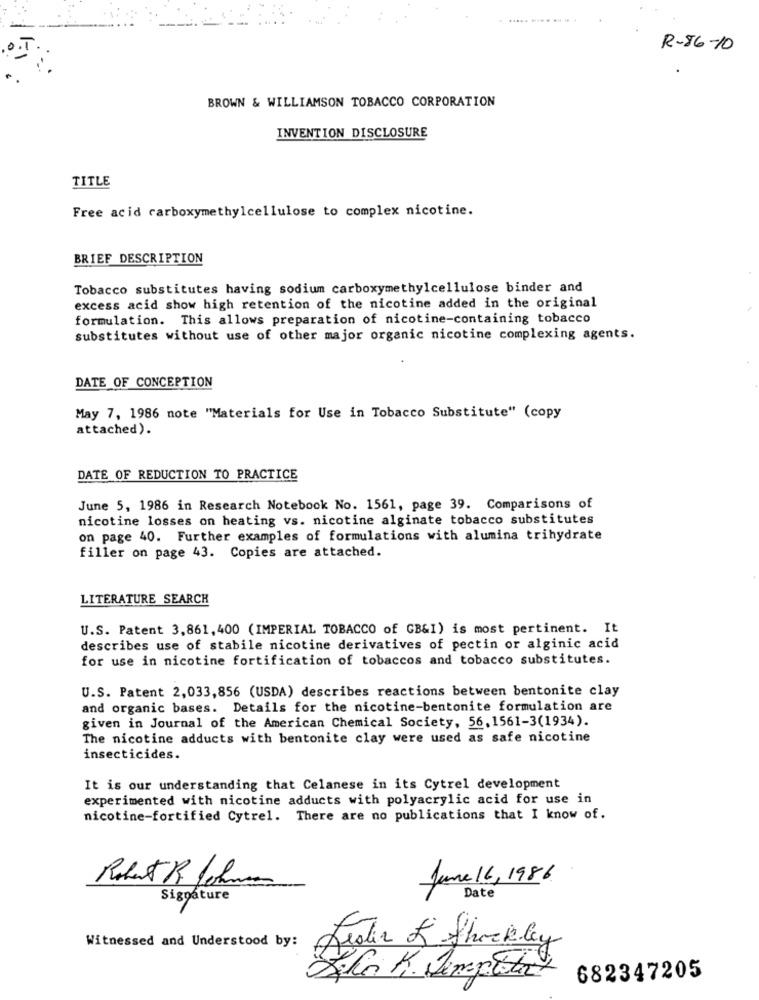
......
R-86-10
BROWN & WILLIAMSON TOBACCO CORPORATION
INVENTION DISCLOSURE
TITLE
Free acid carboxymethylcellulose to complex nicotine.
BRIEF DESCRIPTION
Tobacco substitutes having sodium carboxymethylcellulose binder and
excess acid show high retention of the nicotine added in the original
formulation. This allows preparation of nicotine-containing tobacco
substitutes without use of other major organic nicotine complexing agents.
DATE OF CONCEPTION
May 7, 1986 note "Materials for Use in Tobacco Substitute" (copy
attached).
DATE OF REDUCTION TO PRACTICE
June 5, 1986 in Research Notebook No. 1561, page 39. Comparisons of
nicotine losses on heating vs. nicotine alginate tobacco substitutes
on page 40. Further examples of formulations with alumina trihydrate
filler on page 43. Copies are attached.
LITERATURE SEARCH
U.S. Patent 3,861, 400 (IMPERIAL TOBACCO of GB&I) is most pertinent. It
describes use of stabile nicotine derivatives of pectin or alginic acid
for use in nicotine fortification of tobaccos and tobacco substitutes.
U.S. Patent 2,033,856 (USDA) describes reactions between bentonite clay
and organic bases. Details for the nicotine-bentonite formulation are
given in Journal of the American Chemical Society, 56, 1561-3(1934).
The nicotine adducts with bentonite clay were used as safe nicotine
insecticides.
It is our understanding that Celanese in its Cytrel development
experimented with nicotine adducts with polyacrylic acid for use in
nicotine-fortified Cytrel. There are no publications that I know of.
June 16, 1986
Signature
Date
Witnessed and Understood by:
Jester K Shockley
Sho K. Simpleta
682347205